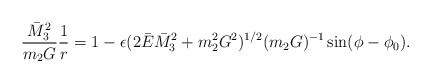
\begin{align*}\frac{\bar{M}_{3}^{2} }{m_{2}G} \frac{1}{r} = 1 -\epsilon (2\bar{E} \bar{M}_{3}^{2} + m_{2}^{2}G^{2})^{1/2} (m_{2}G)^{- 1}\sin (\phi - \phi_{0} ).\end{align*}